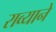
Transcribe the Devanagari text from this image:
राव्याने